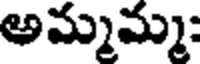
అమ్మమ్మ: